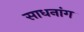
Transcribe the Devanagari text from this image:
साधनांग